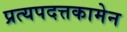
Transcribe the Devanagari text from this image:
प्रत्यपदत्तकामेन